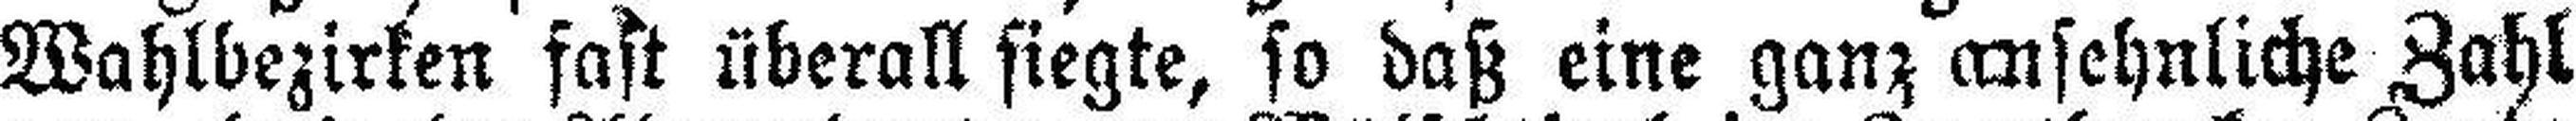
Wahlbezirken fast überall siegte, so daß eine ganz ansehnliche Zahl